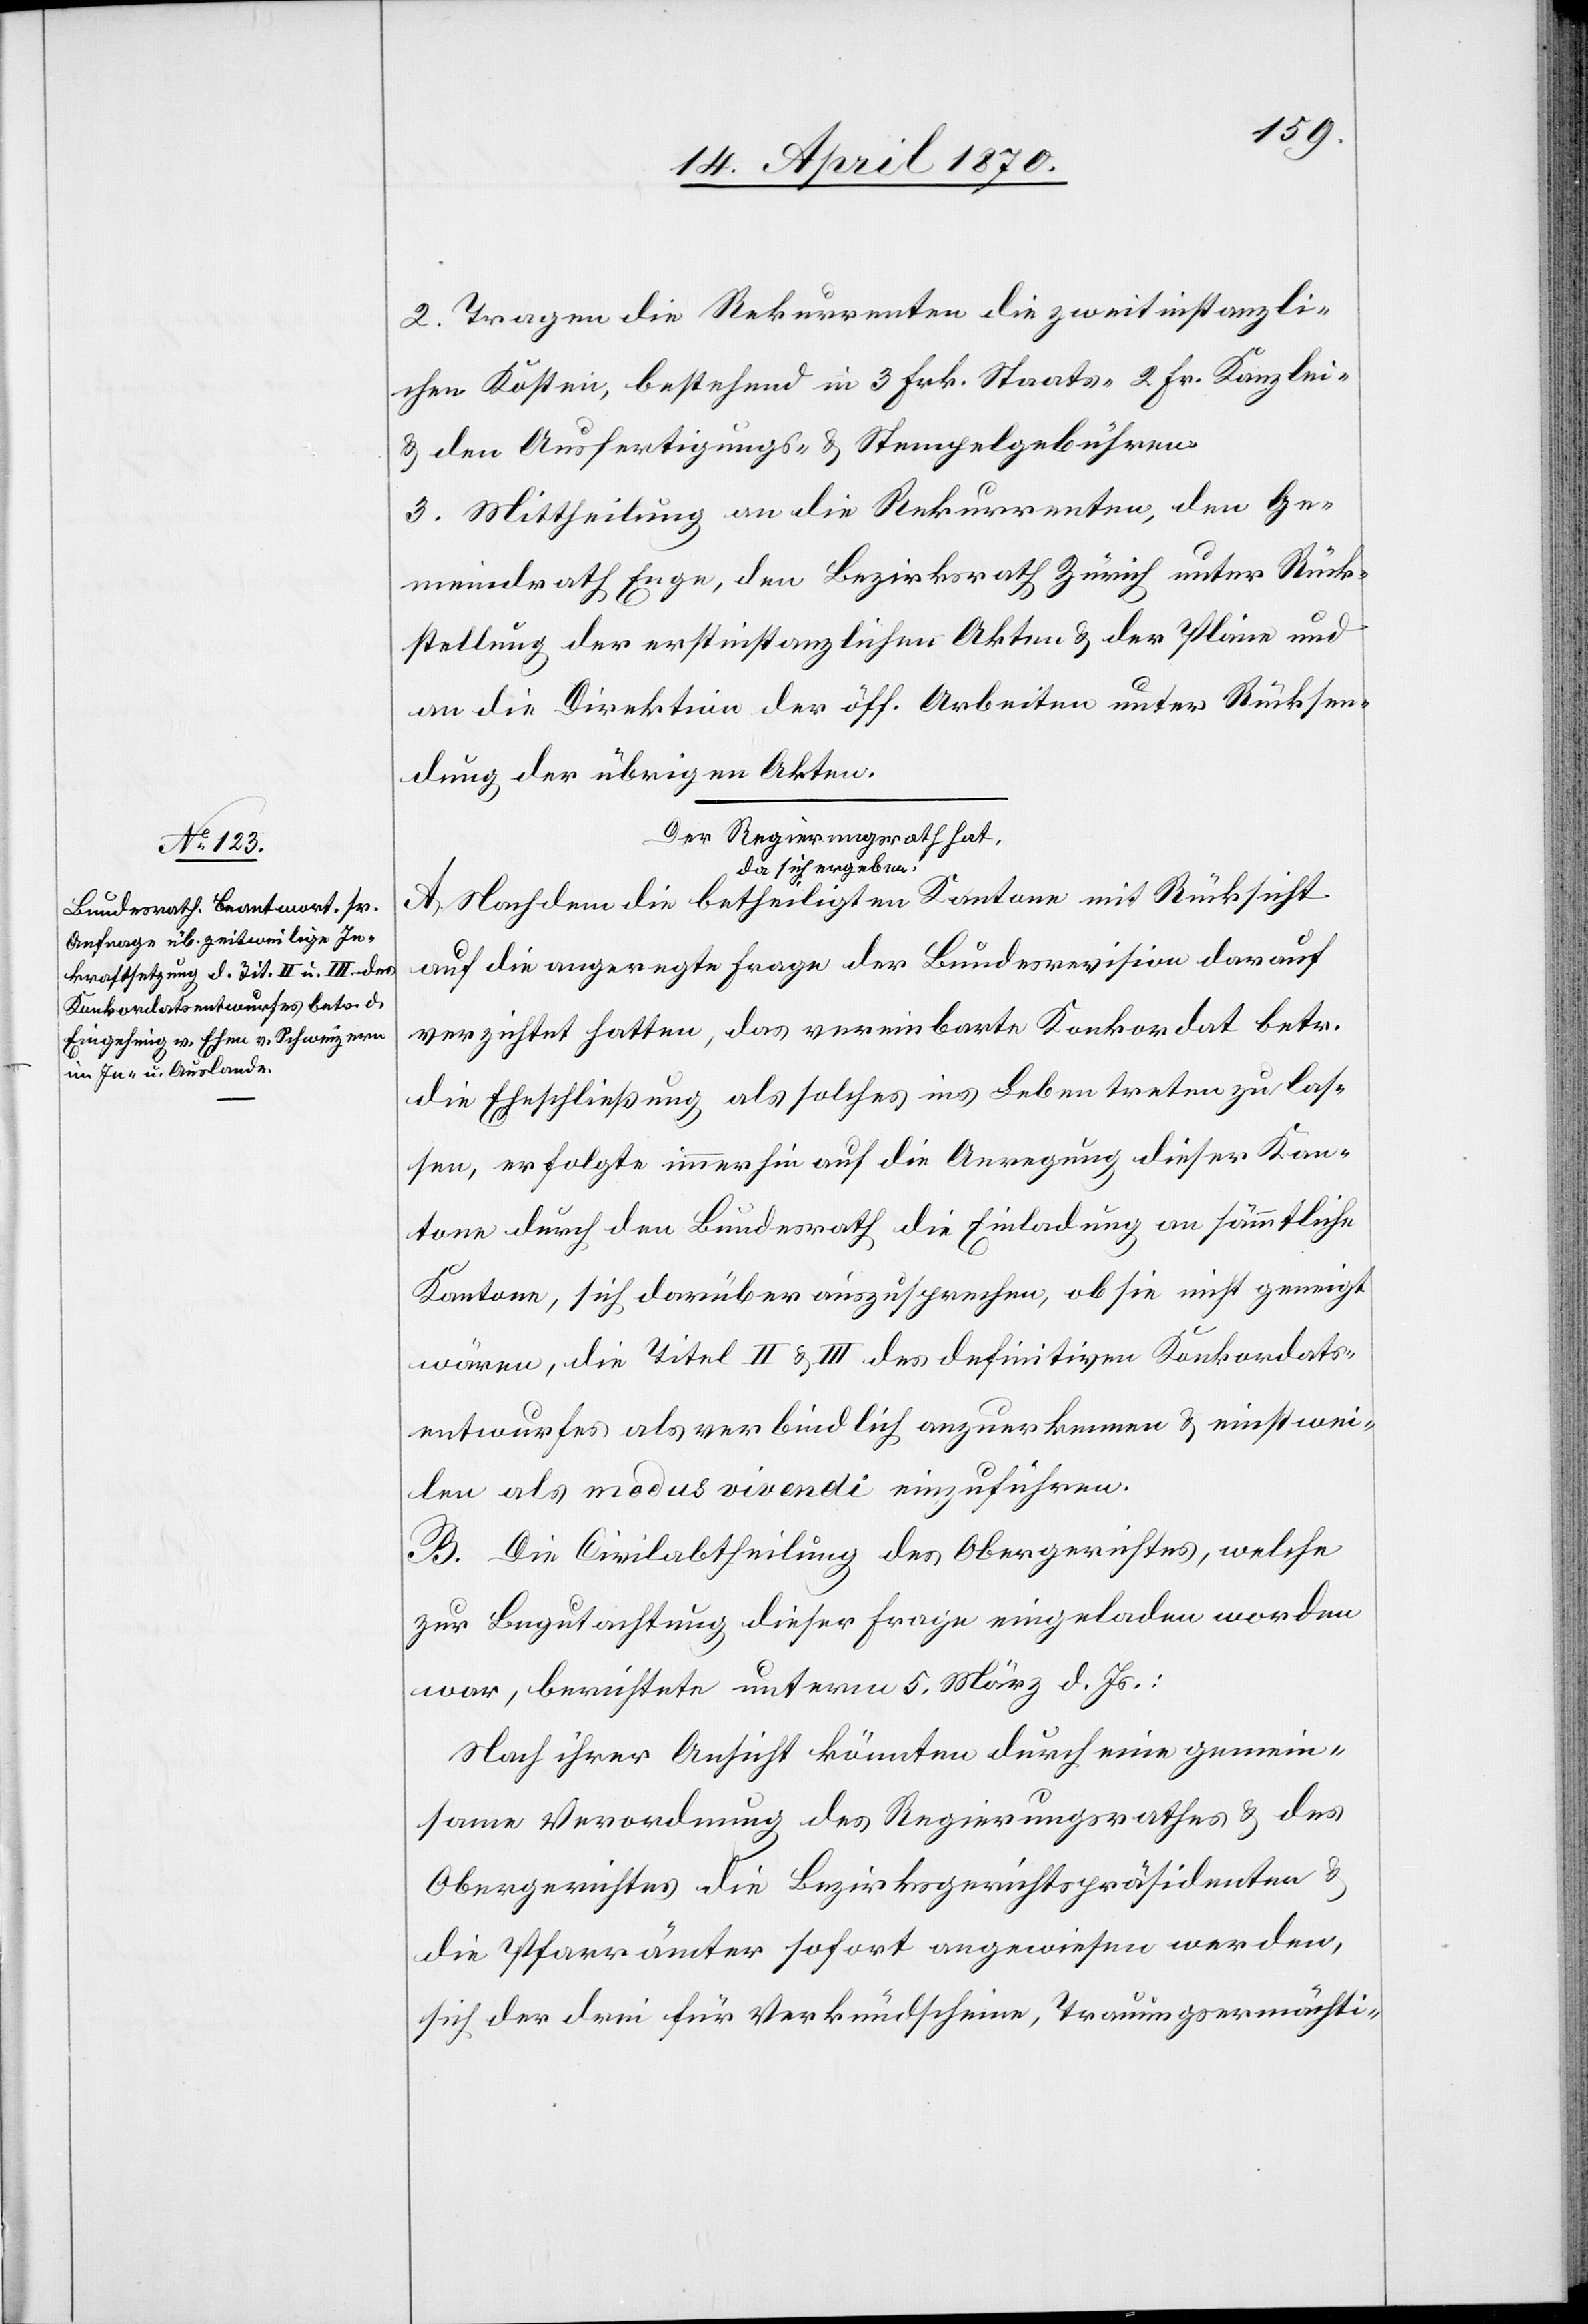
2. Tragen die Rekurrenten die zweitinstanzli¬
chen Kosten, bestehend in 3 Frk. Staats-[,] 2 Fr. Kanzlei-
& den Ausfertigungs- & Stempelgebühren.
3. Mittheilung an die Rekurrenten, den Ge¬
meindrath Enge, den Bezirksrath Zürich unter Rück¬
stellung der erstinstanzlichen Akten & der Pläne und
an die Direktion der öff. Arbeiten unter Rücksen¬
dung der übrigen Akten.
Der Regierungsrath hat,
da sich ergeben:
A. Nachdem die betheiligten Kantone mit Rücksicht
auf die angeregte Frage der Bundesrevision darauf
verzichtet hatten, das vereinbarte Konkordat betr.
die Eheschließung als solches ins Leben treten zu las¬
sen, erfolgte immerhin auf die Anregung dieser Kan¬
tone durch den Bundesrath die Einladung an sämmtliche
Kantone, sich darüber auszusprechen, ob sie nicht geneigt
wären, die Titel II & III des definitiven Konkordats¬
entwurfes als verbindlich anzuerkennen & einstwei¬
len als modus vivendi einzuführen.
B. Die Civilabtheilung des Obergerichtes, welche
zur Begutachtung dieser Frage eingeladen worden
war, berichtete unterm 5. März d. Js.:
Nach ihrer Ansicht könnten durch eine gemein¬
same Verordnung des Regierungsrathes & des
Obergerichtes die Bezirksgerichtspräsidenten &
die Pfarrämter sofort angewiesen werden,
sich der drei für Verkündscheine, Trauungsermächti-